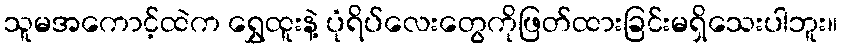
သူမအကောင့်ထဲက ရွှေထူးနဲ့ ပုံရိပ်လေးတွေကိုဖြတ်ထားခြင်းမရှိသေးပါဘူး။